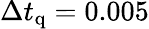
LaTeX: \Delta t_{\mathrm{q}}=0.005